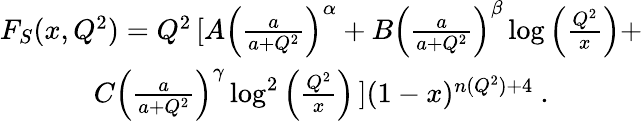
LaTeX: \begin{array}{cc}{{F_{S}(x,Q^{2})=Q^{2}\left[\right.A\left(\frac{a}{a+Q^{2}}\right)^{\alpha}+B\left(\frac{a}{a+Q^{2}}\right)^{\beta}\log{\left(\frac{Q^{2}}{x}\right)}+}}\\ {{C\left(\frac{a}{a+Q^{2}}\right)^{\gamma}\log^{2}{\left(\frac{Q^{2}}{x}\right)}\left.\right](1-x)^{n(Q^{2})+4}\ .}}\end{array}